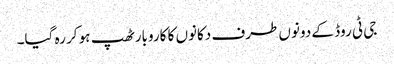
جی ٹی روڈ کے دونوں طرف دکانوں کا کاروبار ٹھپ ہو کر رہ گیا۔